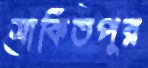
সাকিতপুর